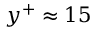
y ^ { + } \approx 1 5